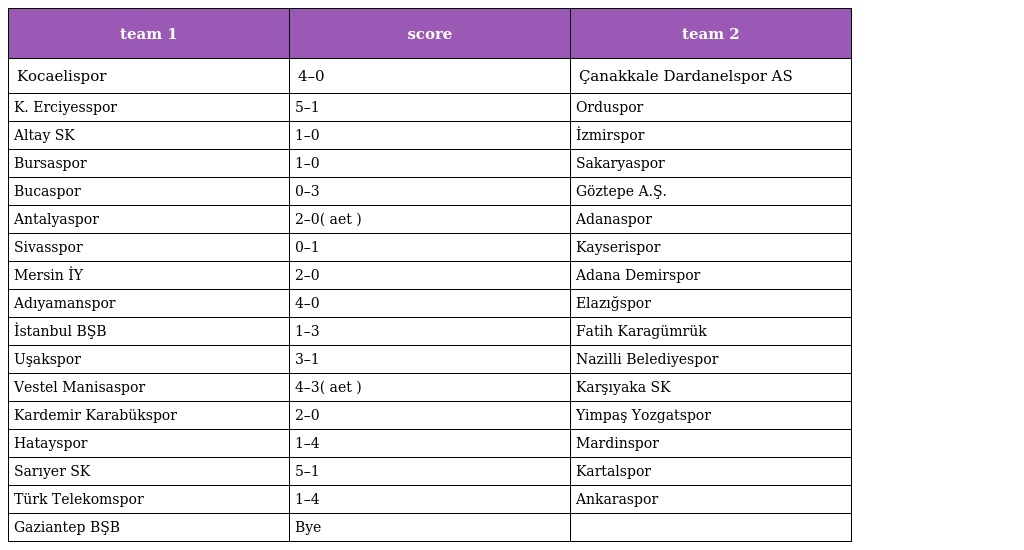
| team 1 | score | team 2 |
 | --- | --- | --- |
 | Kocaelispor | 4–0 | Çanakkale Dardanelspor AS |
 | K. Erciyesspor | 5–1 | Orduspor |
 | Altay SK | 1–0 | İzmirspor |
 | Bursaspor | 1–0 | Sakaryaspor |
 | Bucaspor | 0–3 | Göztepe A.Ş. |
 | Antalyaspor | 2–0( aet ) | Adanaspor |
 | Sivasspor | 0–1 | Kayserispor |
 | Mersin İY | 2–0 | Adana Demirspor |
 | Adıyamanspor | 4–0 | Elazığspor |
 | İstanbul BŞB | 1–3 | Fatih Karagümrük |
 | Uşakspor | 3–1 | Nazilli Belediyespor |
 | Vestel Manisaspor | 4–3( aet ) | Karşıyaka SK |
 | Kardemir Karabükspor | 2–0 | Yimpaş Yozgatspor |
 | Hatayspor | 1–4 | Mardinspor |
 | Sarıyer SK | 5–1 | Kartalspor |
 | Türk Telekomspor | 1–4 | Ankaraspor |
 | Gaziantep BŞB | Bye |  |